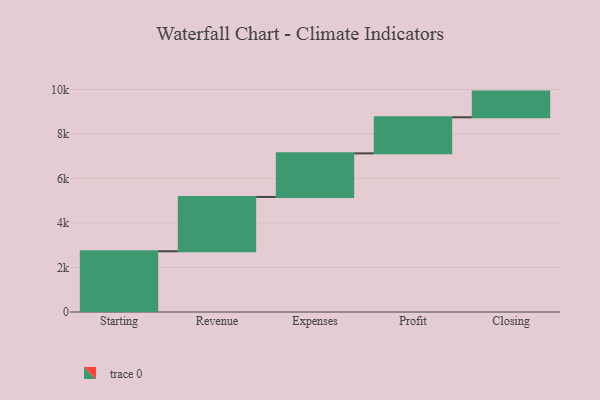
{"axis": {"x": "Step", "y": "Value"}, "legend": [""], "data": [{"x": "Starting", "y": 2728.0, "type": ""}, {"x": "Revenue", "y": 2441.0, "type": ""}, {"x": "Expenses", "y": 1958.0, "type": ""}, {"x": "Profit", "y": 1621.0, "type": ""}, {"x": "Closing", "y": 1154.0, "type": ""}]}